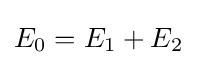
E_{0}=E_{1}+E_{2}\,\!